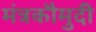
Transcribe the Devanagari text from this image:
मंत्रकौमुदी